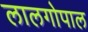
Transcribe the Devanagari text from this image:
लालगोपाल